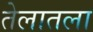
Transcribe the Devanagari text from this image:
तेलातला